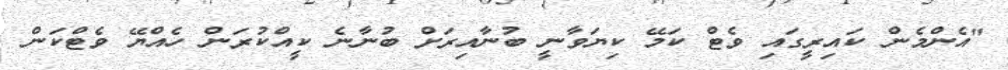
"އެންމެން ކައިރީގައި ވެޓް ކަމޭ ކިޔަވާނީ ބުނާއިރަށް ބުނާނެ ކީއްކުރަން ހެއްޔޭ ވެޓްކަން